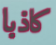
كاذبا